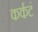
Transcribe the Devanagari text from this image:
कर्कटं